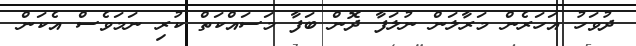
ދުވަހު އަހަރެން މަރާލަން ނުލަފާ ދޮން ބަފާ މަސައްކަތް ކުރި ނަމަވެސް އެކަން